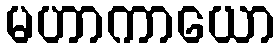
မဟာကာယော